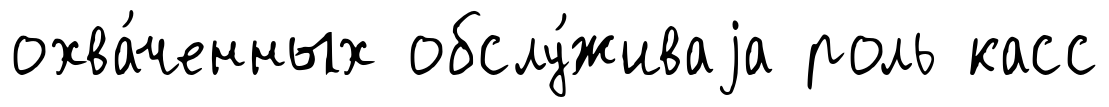
охва́ченных обслу́живаjа роль касс